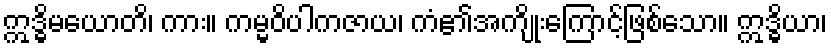
ဣဒ္ဓိမယောတိ၊ ကား။ ကမ္မဝိပါကဇာယ၊ ကံ၏အကျိုးကြောင့်ဖြစ်သော။ ဣဒ္ဓိယာ၊